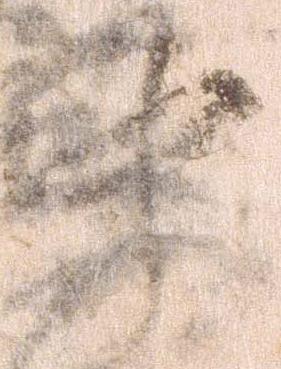
中